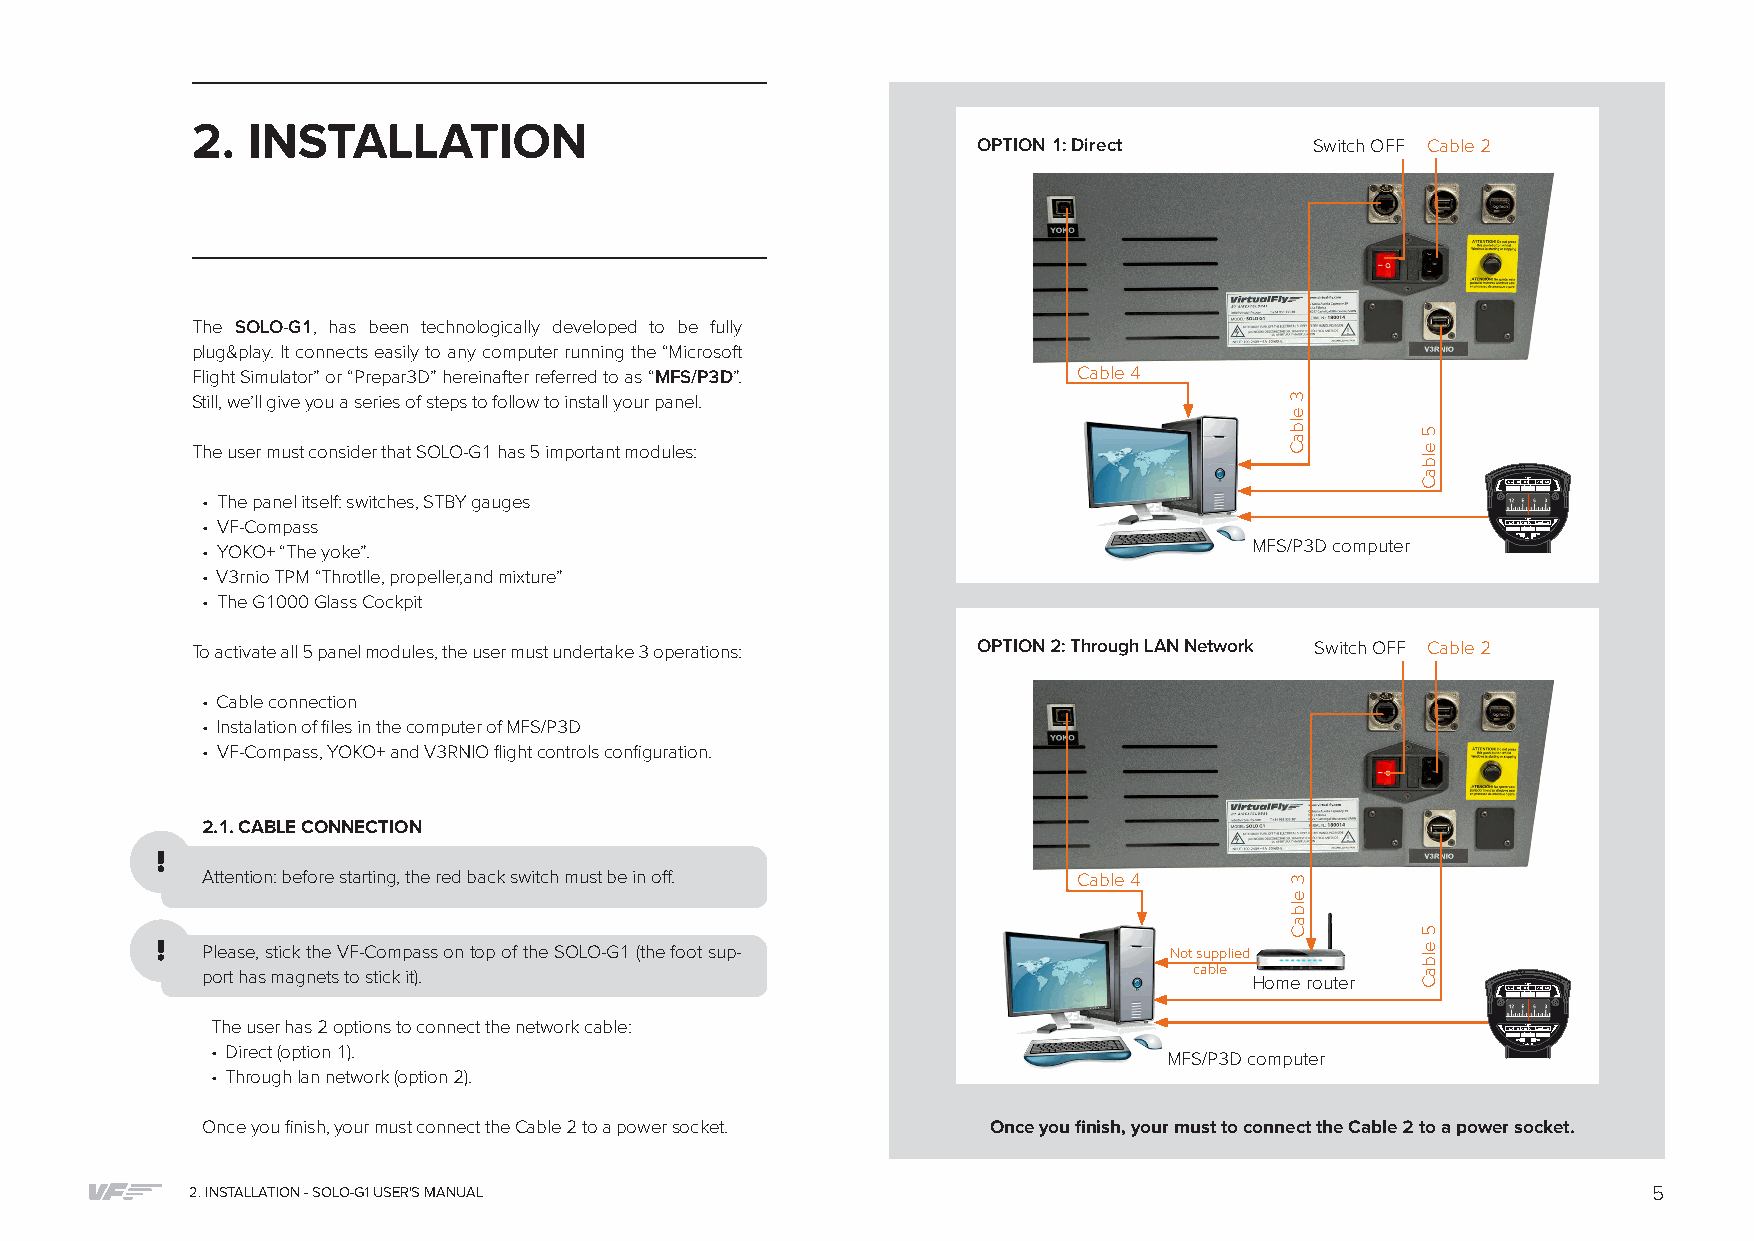
2. INSTALLATION
 OPTION 1: Direct      Switch OFF Cable 2
 The SOLO-G1, has been technologically developed to be fully
 plug&play. It connects easily to any computer running the “Microsoft
 Flight Simulator” or “Prepar3D” hereinafter referred to as “MFS/P3D”. Cable 4
 Still, we’ll give you a series of steps to follow to install your panel.
 The user must consider that SOLO-G1 has 5 important modules:
 N3060SF TOEEER R120150
 • The panel itself: switches, STBY gauges
 • VF-Compass                                                                           S21024SF0TO EWER R300330
 • YOKO+ “The yoke”.                                                   MFS/P3D computer ONRADIONO
 • V3rnio TPM “Throtlle, propeller,and mixture”
 • The G1000 Glass Cockpit
 To activate all 5 panel modules, the user must undertake 3 operations: OPTION 2: Through LAN Network Switch OFF Cable 2
 • Cable connection
 • Instalation of files in the computer of MFS/P3D
 • VF-Compass, YOKO+ and V3RNIO flight controls configuration.
 2.1. CABLE CONNECTION
 Attention: before starting, the red back switch must be in off. Cable 4
 Please, stick the VF-Compass on top of the SOLO-G1 (the foot sup- Not supplied
 port has magnets to stick it).                                    cable Home router
 N3060SF TOEEER R120150
 The user has 2 options to connect the network cable:                                  S21024SF0TO EWER R300330
 • Direct (option 1).                                                                  ONRADIONO
 MFS/P3D computer
 • Through lan network (option 2).
 Once you finish, your must connect the Cable 2 to a power socket. Once you finish, your must to connect the Cable 2 to a power socket.
 2. INSTALLATION - SOLO-G1 USER'S MANUAL                                                         5
 3
 elbaC
 3
 elbaC
 5
 elbaC
 5
 elbaC